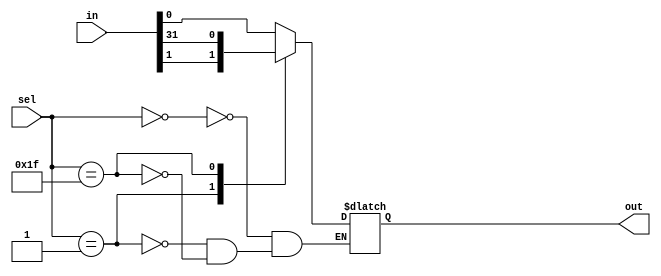
module mux_32to1 (
  input [31:0] in,
  input [4:0] sel,
  output reg out
);

always @(*)
begin
  case(sel)
    5'b00000: out = in[0];
    5'b00001: out = in[1];
    // continue for all 32 input signals
    5'b11111: out = in[31];
  endcase
end

endmodule